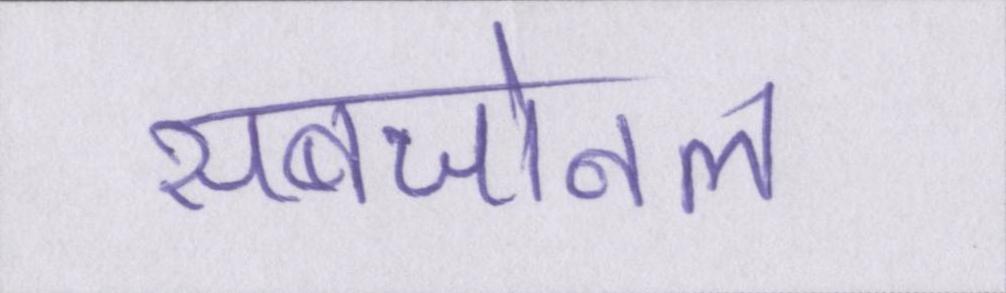
सबजोनल